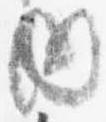
内